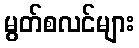
မွတ်စလင်များ